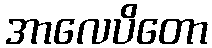
အာလေပိတော